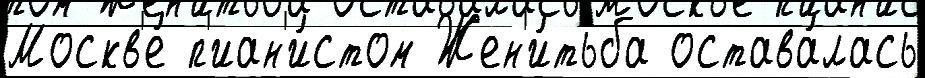
Москв'е́ п'иан'и́стом Жен'и́тьба остава́лась